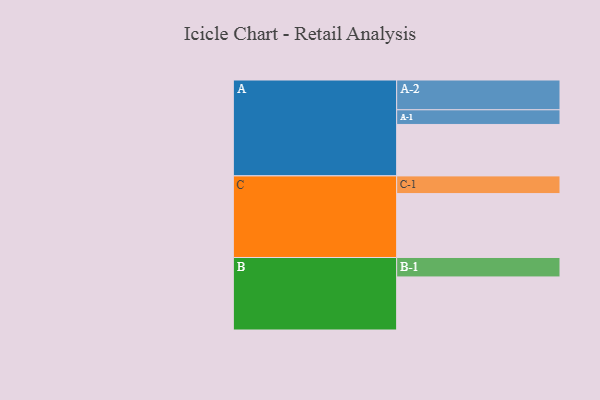
{"axis": {"x": "Segment", "y": "Value"}, "legend": ["", "A", "B", "C"], "data": [{"x": "A", "y": 442, "type": ""}, {"x": "B", "y": 456, "type": ""}, {"x": "C", "y": 549, "type": ""}, {"x": "A-1", "y": 126, "type": "A"}, {"x": "A-2", "y": 256, "type": "A"}, {"x": "B-1", "y": 167, "type": "B"}, {"x": "C-1", "y": 152, "type": "C"}]}